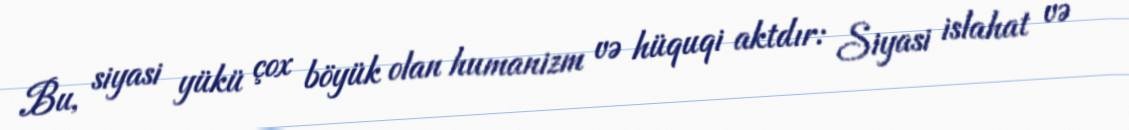
Bu, siyasi yükü çox böyük olan humanizm və hüquqi aktdır: Siyasi islahat və